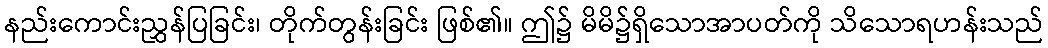
နည်းကောင်းညွှန်ပြခြင်း၊ တိုက်တွန်းခြင်း ဖြစ်၏။ ဤ၌ မိမိ၌ရှိသောအာပတ်ကို သိသောရဟန်းသည်